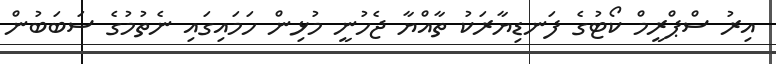
އިރު ސްޕްރީމް ކޯޓުގެ ފަނޑިޔާރަކު ތާއްޔާ ޖެހުނީ މުޅިން ހަމައިގައި ނެތުމުގެ ސަބަބުން